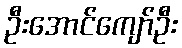
ဦးအောင်ကျော်ဦး